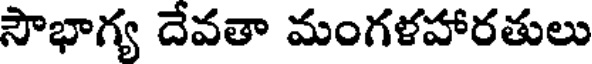
సౌభాగ్య దేవతా మంగళహారతులు